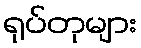
ရုပ်တုများ